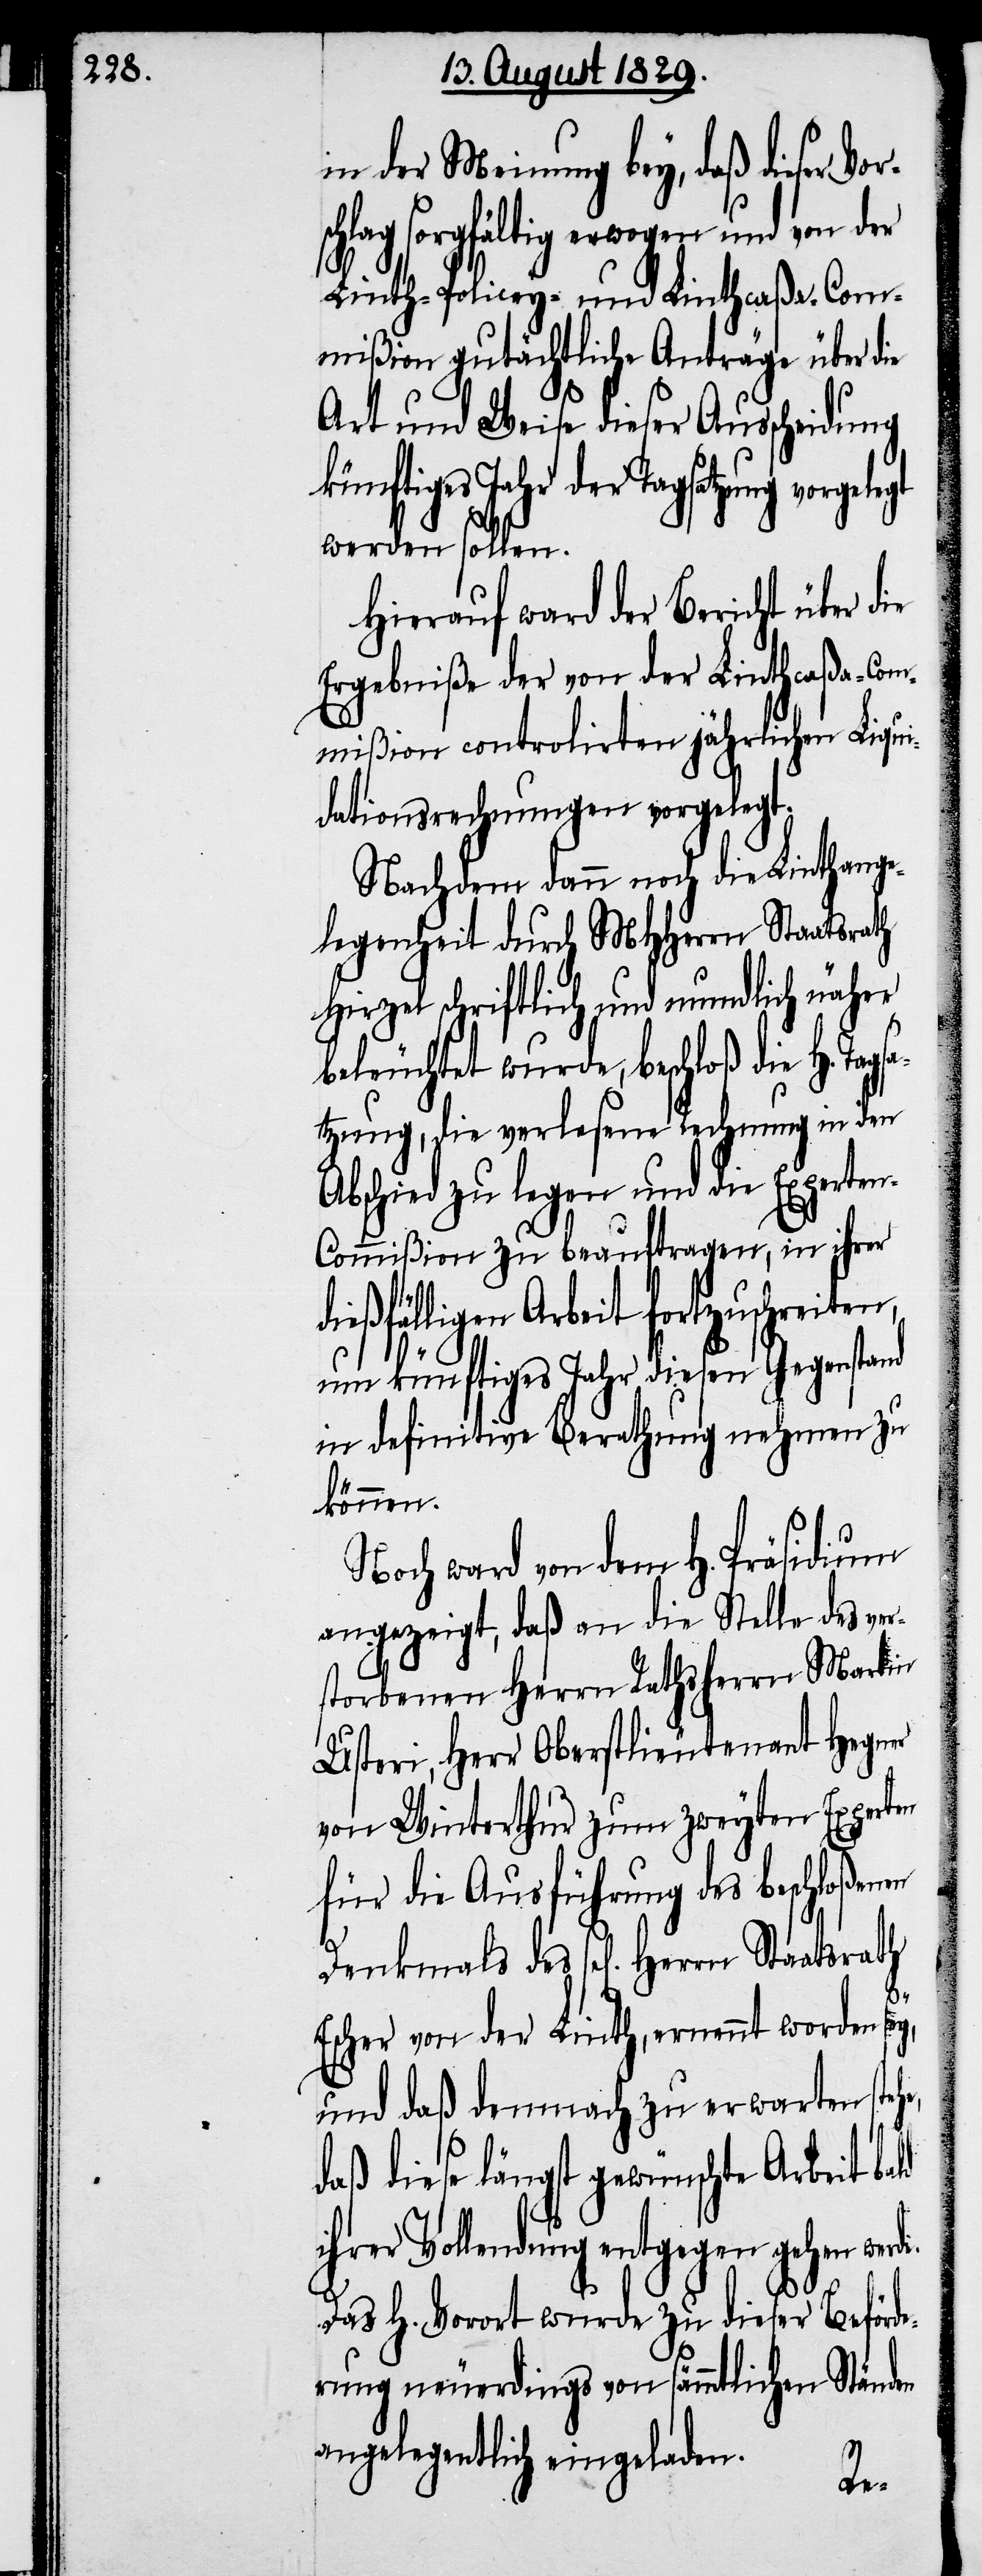
in der Meinung bey, daß dieser Vo¬
hlag sorgfältig erwogen und von der
Linth-Policey- und Linthcaßa-Com¬
mißion gutächtliche Anträge über die
Art und Weise dieser Ausscheidung
künftiges Jahr der Tagsatzung vorgele¬
werden sollen.
Hierauf ward der Bericht über die
Ergebniße der von der Linthcaßa-Com¬
mißion controlirten jährlichen Liqui¬
dationsrechnungen vorgelegt.
Nachdem dann noch die Linthange¬
legenheit durch MHHerrn Staatsrath
Hirzel schriftlich und mundlich näher
beleuchtet wurde, beschloß die H. Ta¬
tzung, die verlesene Rechnung in den
Abschied zu legen und die Experte¬
n-Commißion zu beauftragen, in ihrer
eßfälligen Arbeit fortzuschreiten,
um künftiges Jahr diesen Gegenstand
in definitive Berathung nehmen zu
können.
Noch ward von dem H. Präsidium
angezeigt, daß an die Stelle des ver¬
storbenen Herrn Rathsherrn Martin
Usteri, Herr Oberstlieutenant Hegner
von Winterthur zum zweyten Experten
für die Ausführung des beschloßenen
de.
Escher von der Linth, ernannt worden sey,
und daß demnach zu erwarten stehe,
daß diese längst gewünschte Arbeit bald
ihrer Vollendung entgegen gehen wer¬
Das H. Vorort wurde zu dieser Beförde¬
rung neuerdings von sämmtlichen Ständen
angelegentlich eingeladen.
di¬